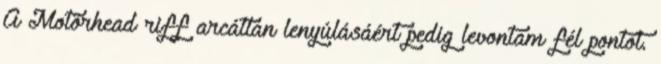
A Motörhead riff arcátlan lenyúlásáért pedig levontam fél pontot.